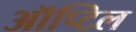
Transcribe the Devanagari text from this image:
ऑप्टिल